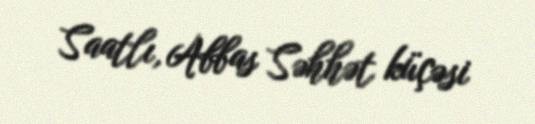
Saatlı, Abbas Səhhət küçəsi